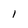
Character: l